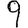
Digit: 9